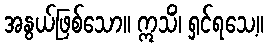
အနွယ်ဖြစ်သော။ ဣသိံ၊ ရှင်ရသေ့။